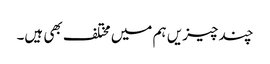
چند چیزیں ہم میں مختلف بھی ہیں۔